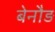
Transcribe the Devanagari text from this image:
बेनौड़